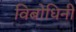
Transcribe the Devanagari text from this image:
विबोधिनी